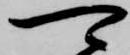
可